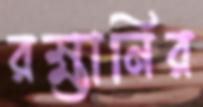
রহ্মানির